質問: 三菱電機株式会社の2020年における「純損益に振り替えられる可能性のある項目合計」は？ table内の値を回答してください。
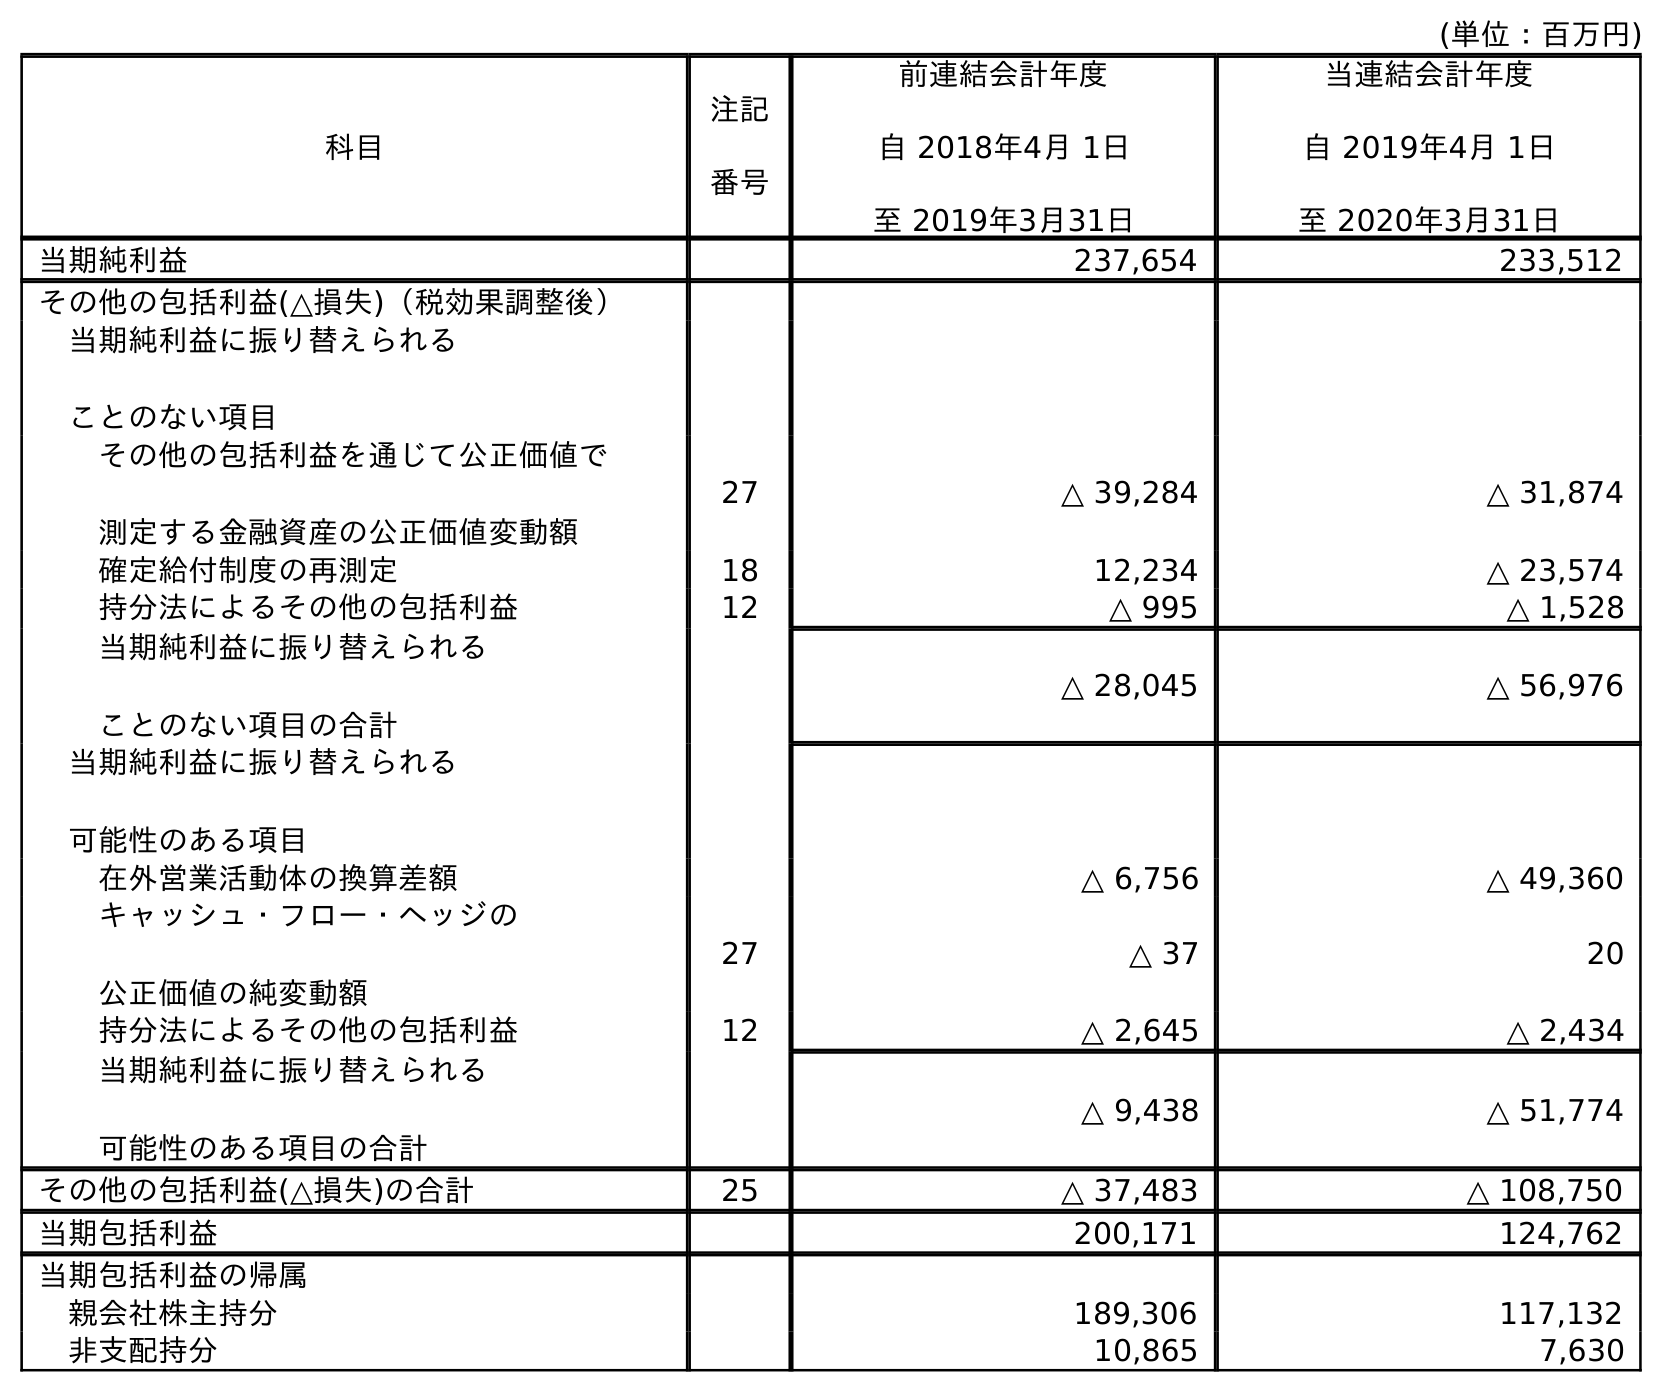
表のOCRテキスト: (単位：百万円) 科目 注記 番号 前連結会計年度 自 2018年4月 1日 至 2019年3月31日 当連結会計年度 自 2019年4月 1日 至 2020年3月31日 当期純利益 237,654 233,512 その他の包括利益(△損失)（税効果調整後） 当期純利益に振り替えられる ことのない項目 その他の包括利益を通じて公正価値で 測定する金融資産の公正価値変動額 27 △ 39,284 △ 31,874 確定給付制度の再測定 18 12,234 △ 23,574 持分法によるその他の包括利益 12 △ 995 △ 1,528 当期純利益に振り替えられる ことのない項目の合計 △ 28,045 △ 56,976 当期純利益に振り替えられる 可能性のある項目 在外営業活動体の換算差額 △ 6,756 △ 49,360 キャッシュ・フロー・ヘッジの 公正価値の純変動額 27 △ 37 20 持分法によるその他の包括利益 12 △ 2,645 △ 2,434 当期純利益に振り替えられる 可能性のある項目の合計 △ 9,438 △ 51,774 その他の包括利益(△損失)の合計 25 △ 37,483 △ 108,750 当期包括利益 200,171 124,762 当期包括利益の帰属 親会社株主持分 189,306 117,132 非支配持分 10,865 7,630
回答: △51,774